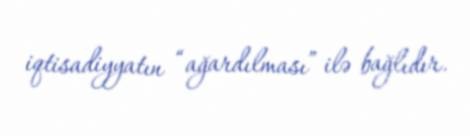
iqtisadiyyatın “ağardılması” ilə bağlıdır.